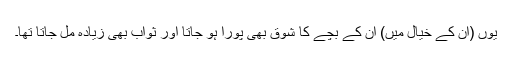
یوں (ان کے خیال میں) ان کے بچے کا شوق بھی پورا ہو جاتا اور ثواب بھی زیادہ مل جاتا تھا۔